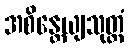
အစိန္တေယျသုတ္တံ